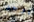
يوجد